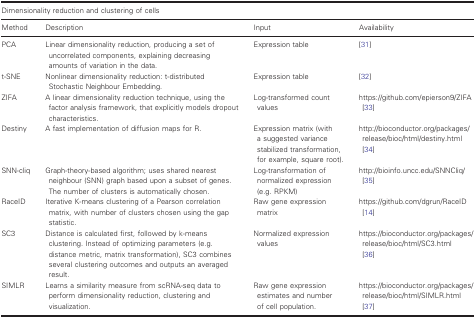
<table><thead><tr><td colspan="4"><b>Dimensionality reduction and clustering of cells</b></td></tr><tr><td><b>Method</b></td><td><b>Description</b></td><td><b>Input</b></td><td><b>Availability</b></td></tr></thead><tbody><tr><td>PCA</td><td>Linear dimensionality reduction, producing a set of uncorrelated components, explaining decreasing amounts of variation in the data.</td><td>Expression table</td><td>31</td></tr><tr><td>t‐SNE</td><td>Nonlinear dimensionality reduction: t‐distributed Stochastic Neighbour Embedding.</td><td>Expression table</td><td>32</td></tr><tr><td>ZIFA</td><td>A linear dimensionality reduction technique, using the factor analysis framework, that explicitly models dropout characteristics.</td><td>Log‐transformed count values</td><td>https://github.com/epierson9/ZIFA33</td></tr><tr><td>Destiny</td><td>A fast implementation of diffusion maps for R.</td><td>Expression matrix (with a suggested variance stabilized transformation, for example, square root).</td><td>http://bioconductor.org/packages/release/bioc/html/destiny.html34</td></tr><tr><td>SNN‐cliq</td><td>Graph‐theory‐based algorithm; uses shared nearest neighbour (SNN) graph based upon a subset of genes. The number of clusters is automatically chosen.</td><td>Log‐transformation of normalized expression (e.g. RPKM)</td><td>http://bioinfo.uncc.edu/SNNCliq/35</td></tr><tr><td>RaceID</td><td>Iterative K‐means clustering of a Pearson correlation matrix, with number of clusters chosen using the gap statistic.</td><td>Raw gene expression matrix</td><td>https://github.com/dgrun/RaceID14</td></tr><tr><td>SC3</td><td>Distance is calculated first, followed by k‐means clustering. Instead of optimizing parameters (e.g. distance metric, matrix transformation), SC3 combines several clustering outcomes and outputs an averaged result.</td><td>Normalized expression values</td><td>https://bioconductor.org/packages/release/bioc/html/SC3.html36</td></tr><tr><td>SIMLR</td><td>Learns a similarity measure from scRNA‐seq data to perform dimensionality reduction, clustering and visualization.</td><td>Raw gene expression estimates and number of cell population.</td><td>https://bioconductor.org/packages/release/bioc/html/SIMLR.html37</td></tr></tbody></table>